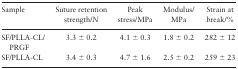
| Sample | Suture retention strength/N | Peak stress/MPa | Modulus/MPa | Strain at break/% |
 | --- | --- | --- | --- | --- |
 | SF/PLLA-CL/PRGF | 3.3 ± 0.2 | 4.1 ± 0.3 | 1.8 ± 0.2 | 282 ± 12 |
 | SF/PLLA-CL | 3.4 ± 0.3 | 4.7 ± 1.6 | 2.5 ± 0.2 | 259 ± 23 |